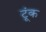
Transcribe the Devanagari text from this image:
टूंक